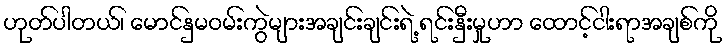
ဟုတ်ပါတယ်၊ မောင်နှမဝမ်းကွဲများအချင်းချင်းရဲ့ ရင်းနှီးမှုဟာ ထောင့်ငါးရာအချစ်ကို